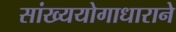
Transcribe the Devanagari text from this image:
सांख्ययोगाधाराने